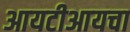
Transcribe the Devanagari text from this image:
आयटीआयचा